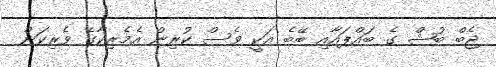
ޖެބް ބުޝް ގެ ބައްޕައާއި ބޭބެ އަކީ ވެސް ކުރިން އެމެރިކާގެ ވެރިކަން